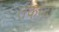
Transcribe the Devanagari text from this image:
तकादा